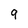
Character: 9